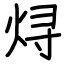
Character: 𬊈